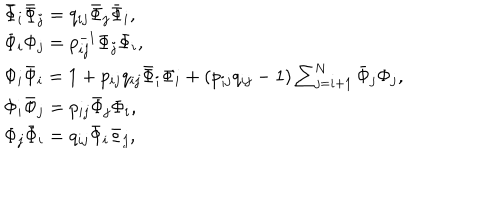
LaTeX: \begin{array} { l } { { \bar { \Phi } _ { i } \bar { \Phi } _ { j } = q _ { i j } \bar { \Phi } _ { j } \bar { \Phi } _ { i } , } } \\ { { \Phi _ { i } \Phi _ { j } = p _ { i j } ^ { - 1 } \Phi _ { j } \Phi _ { i } , } } \\ { { \Phi _ { i } \bar { \Phi } _ { i } = 1 + p _ { i j } q _ { i j } \bar { \Phi } _ { i } \Phi _ { i } + ( p _ { i j } q _ { i j } - 1 ) \sum _ { j = i + 1 } ^ { N } \bar { \Phi } _ { j } \Phi _ { j } , } } \\ { { \Phi _ { i } \bar { \Phi } _ { j } = p _ { i j } \bar { \Phi } _ { j } \Phi _ { i } , } } \\ { { \Phi _ { j } \bar { \Phi } _ { i } = q _ { i j } \bar { \Phi } _ { i } \Phi _ { j } , } } \\ \end{array}